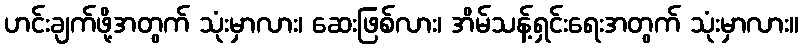
ဟင်းချက်ဖို့အတွက် သုံးမှာလား၊ ဆေးဖြစ်လား၊ အိမ်သန့်ရှင်းရေးအတွက် သုံးမှာလား။